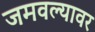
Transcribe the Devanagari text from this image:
जमवल्यावर